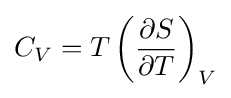
C_{V}=T\left({\frac {\partial S}{\partial T}}\right)_{V}